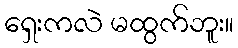
ရှေးကလဲ မထွက်ဘူး။